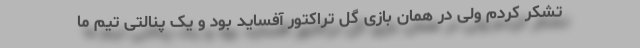
تشکر کردم ولی در همان بازی گل تراکتور آفساید بود و یک پنالتی تیم ما